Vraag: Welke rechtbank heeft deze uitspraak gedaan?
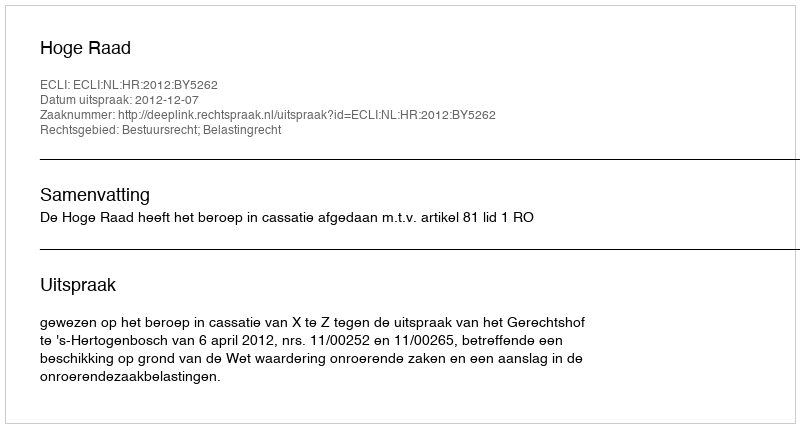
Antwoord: Hoge Raad